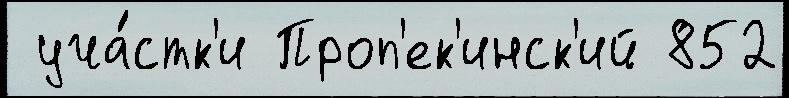
 уча́стк'и Проп'ек'инск'ий 852